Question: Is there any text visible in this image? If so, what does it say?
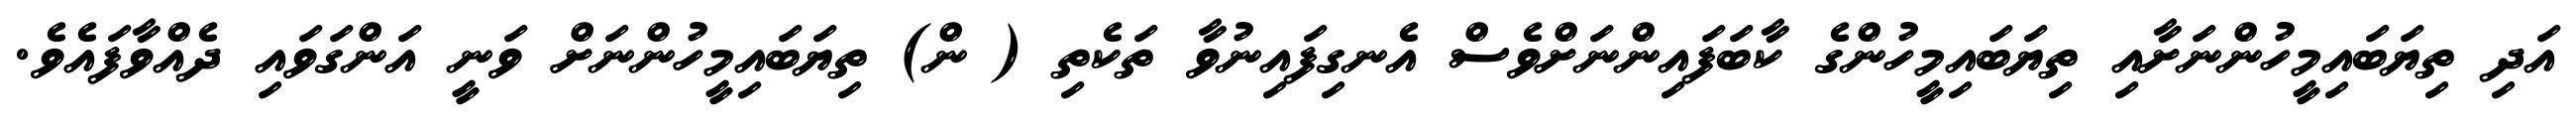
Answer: އަދި ތިޔަބައިމީހުންނަށާއި ތިޔަބައިމީހުންގެ ކާބަފައިންނަށްވެސް އެނގިފައިނުވާ ތަކެތި ( ން) ތިޔަބައިމީހުންނަށް ވަނީ އަންގަވައި ދެއްވާފައެވެ.